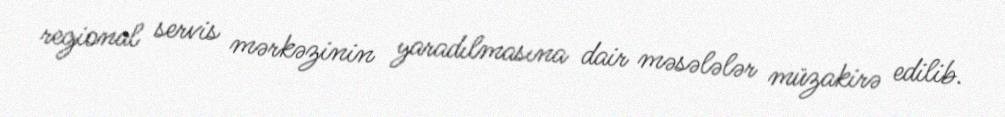
regional servis mərkəzinin yaradılmasına dair məsələlər müzakirə edilib.